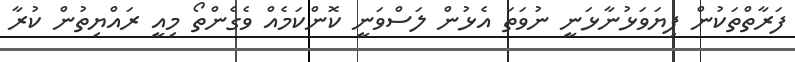
ފަރާތްތަކުން ފިޔަވަޅުނާޅަނީ ނުވަތަ އެޅުން ލަސްވަނީ ކޮންކަމެއް ވެގެންތޯ މިއީ ރައްޔިތުން ކުރާ